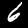
Digit: 6